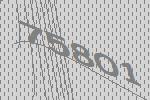
75801